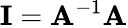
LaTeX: \mathbf{I}=\mathbf{A}^{-1}\mathbf{A}